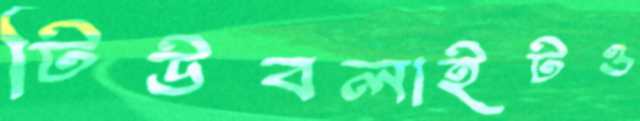
টিউবলাইটও